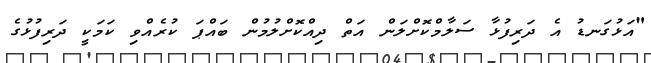
"އަޅުގަނޑު އެ ދަރިފުޅާ ސަލާމްކޮށްލަން އަތް ދިއްކޮށްލުމުން ބައްޕަ ކުރެއްވި ކަމަކީ ދަރިފުޅުގެ